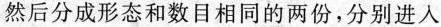
然后分成形态和数目相同的两份，分别进入